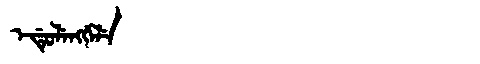
Manchu: ᡝᡩᡠᠯᡝᠩᡤᡝᠯᡝ
Romanization: EDULENGGELE